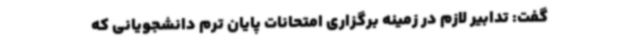
گفت: تدابیر لازم در زمینه برگزاری امتحانات پایان ترم دانشجویانی که